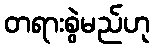
တရားစွဲမည်ဟု